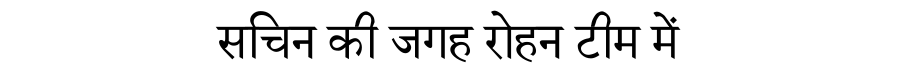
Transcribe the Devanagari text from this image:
सचिन की जगह रोहन टीम में